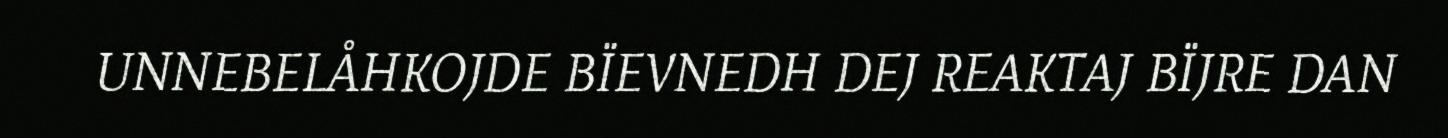
UNNEBELÅHKOJDE BÏEVNEDH DEJ REAKTAJ BÏJRE DAN